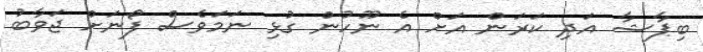
ބިޕާޝާ އަދި ކަރަން އަށް އެ ނޫހުން ގުޅި ނަމަވެސް ފޯނަށް ޖަވާބު